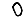
Digit: 0